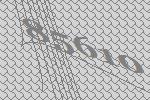
85610